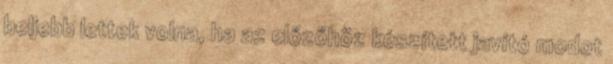
beljebb lettek volna, ha az előzőhöz készített javító modot